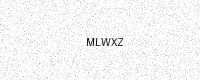
Text: MLWXZ